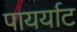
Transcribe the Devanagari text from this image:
पायर्याट